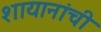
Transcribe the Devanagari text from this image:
शायानांची